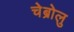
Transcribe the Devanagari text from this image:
चेब्रोलु